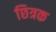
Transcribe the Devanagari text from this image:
छित्रक